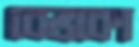
বেভকো